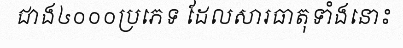
ជាង៤០០០ប្រភេទ ដែលសារធាតុទាំងនោះ